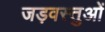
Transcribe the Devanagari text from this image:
जड़वस्तुओं